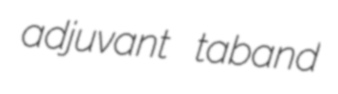
adjuvant taband